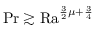
\operatorname* { P r } \gtrsim \mathrm { { R a } } ^ { \frac 3 2 \mu + \frac 3 4 }